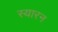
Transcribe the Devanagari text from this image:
स्यारन